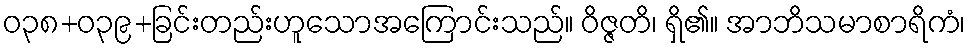
ဝ၃၈+၀၃၉+ခြင်းတည်းဟူသောအကြောင်းသည်။ ဝိဇ္ဇတိ၊ ရှိ၏။ အာဘိသမာစာရိကံ၊